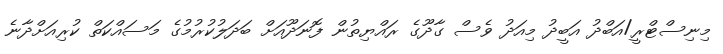
މިނިސްޓްރީ/އަބްދު އަބީދު މިއަދު ވެސް ގާދޫގެ ރައްޔިތުން ފޮނަދޫއަށް ބަދަލުކުރުމުގެ މަސައްކަތް ކުރިއަށްދާނެ